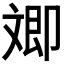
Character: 𣁚